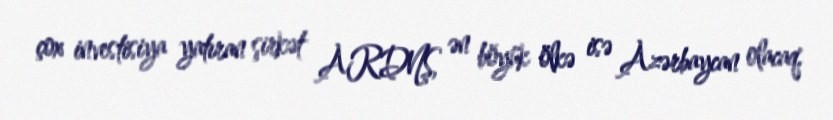
çox investisiya yatıran şirkət ARDNŞ, ən böyük ölkə isə Azərbaycan olacaq.